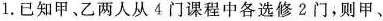
1.已知甲、乙两人从4门课程中各选修2门，则甲、